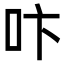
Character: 𠯴